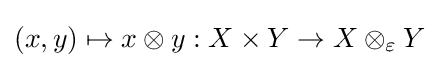
(x,y)\mapsto x\otimes y:X\times Y\to X\otimes _{\varepsilon }Y